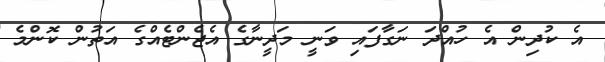
އެ ކުދިން އެ ހުއްދަ ނަގާފައި ވަނީ މަދީނާގެ އެޖެންޓެއްގެ އަތުން ކޮންމެ